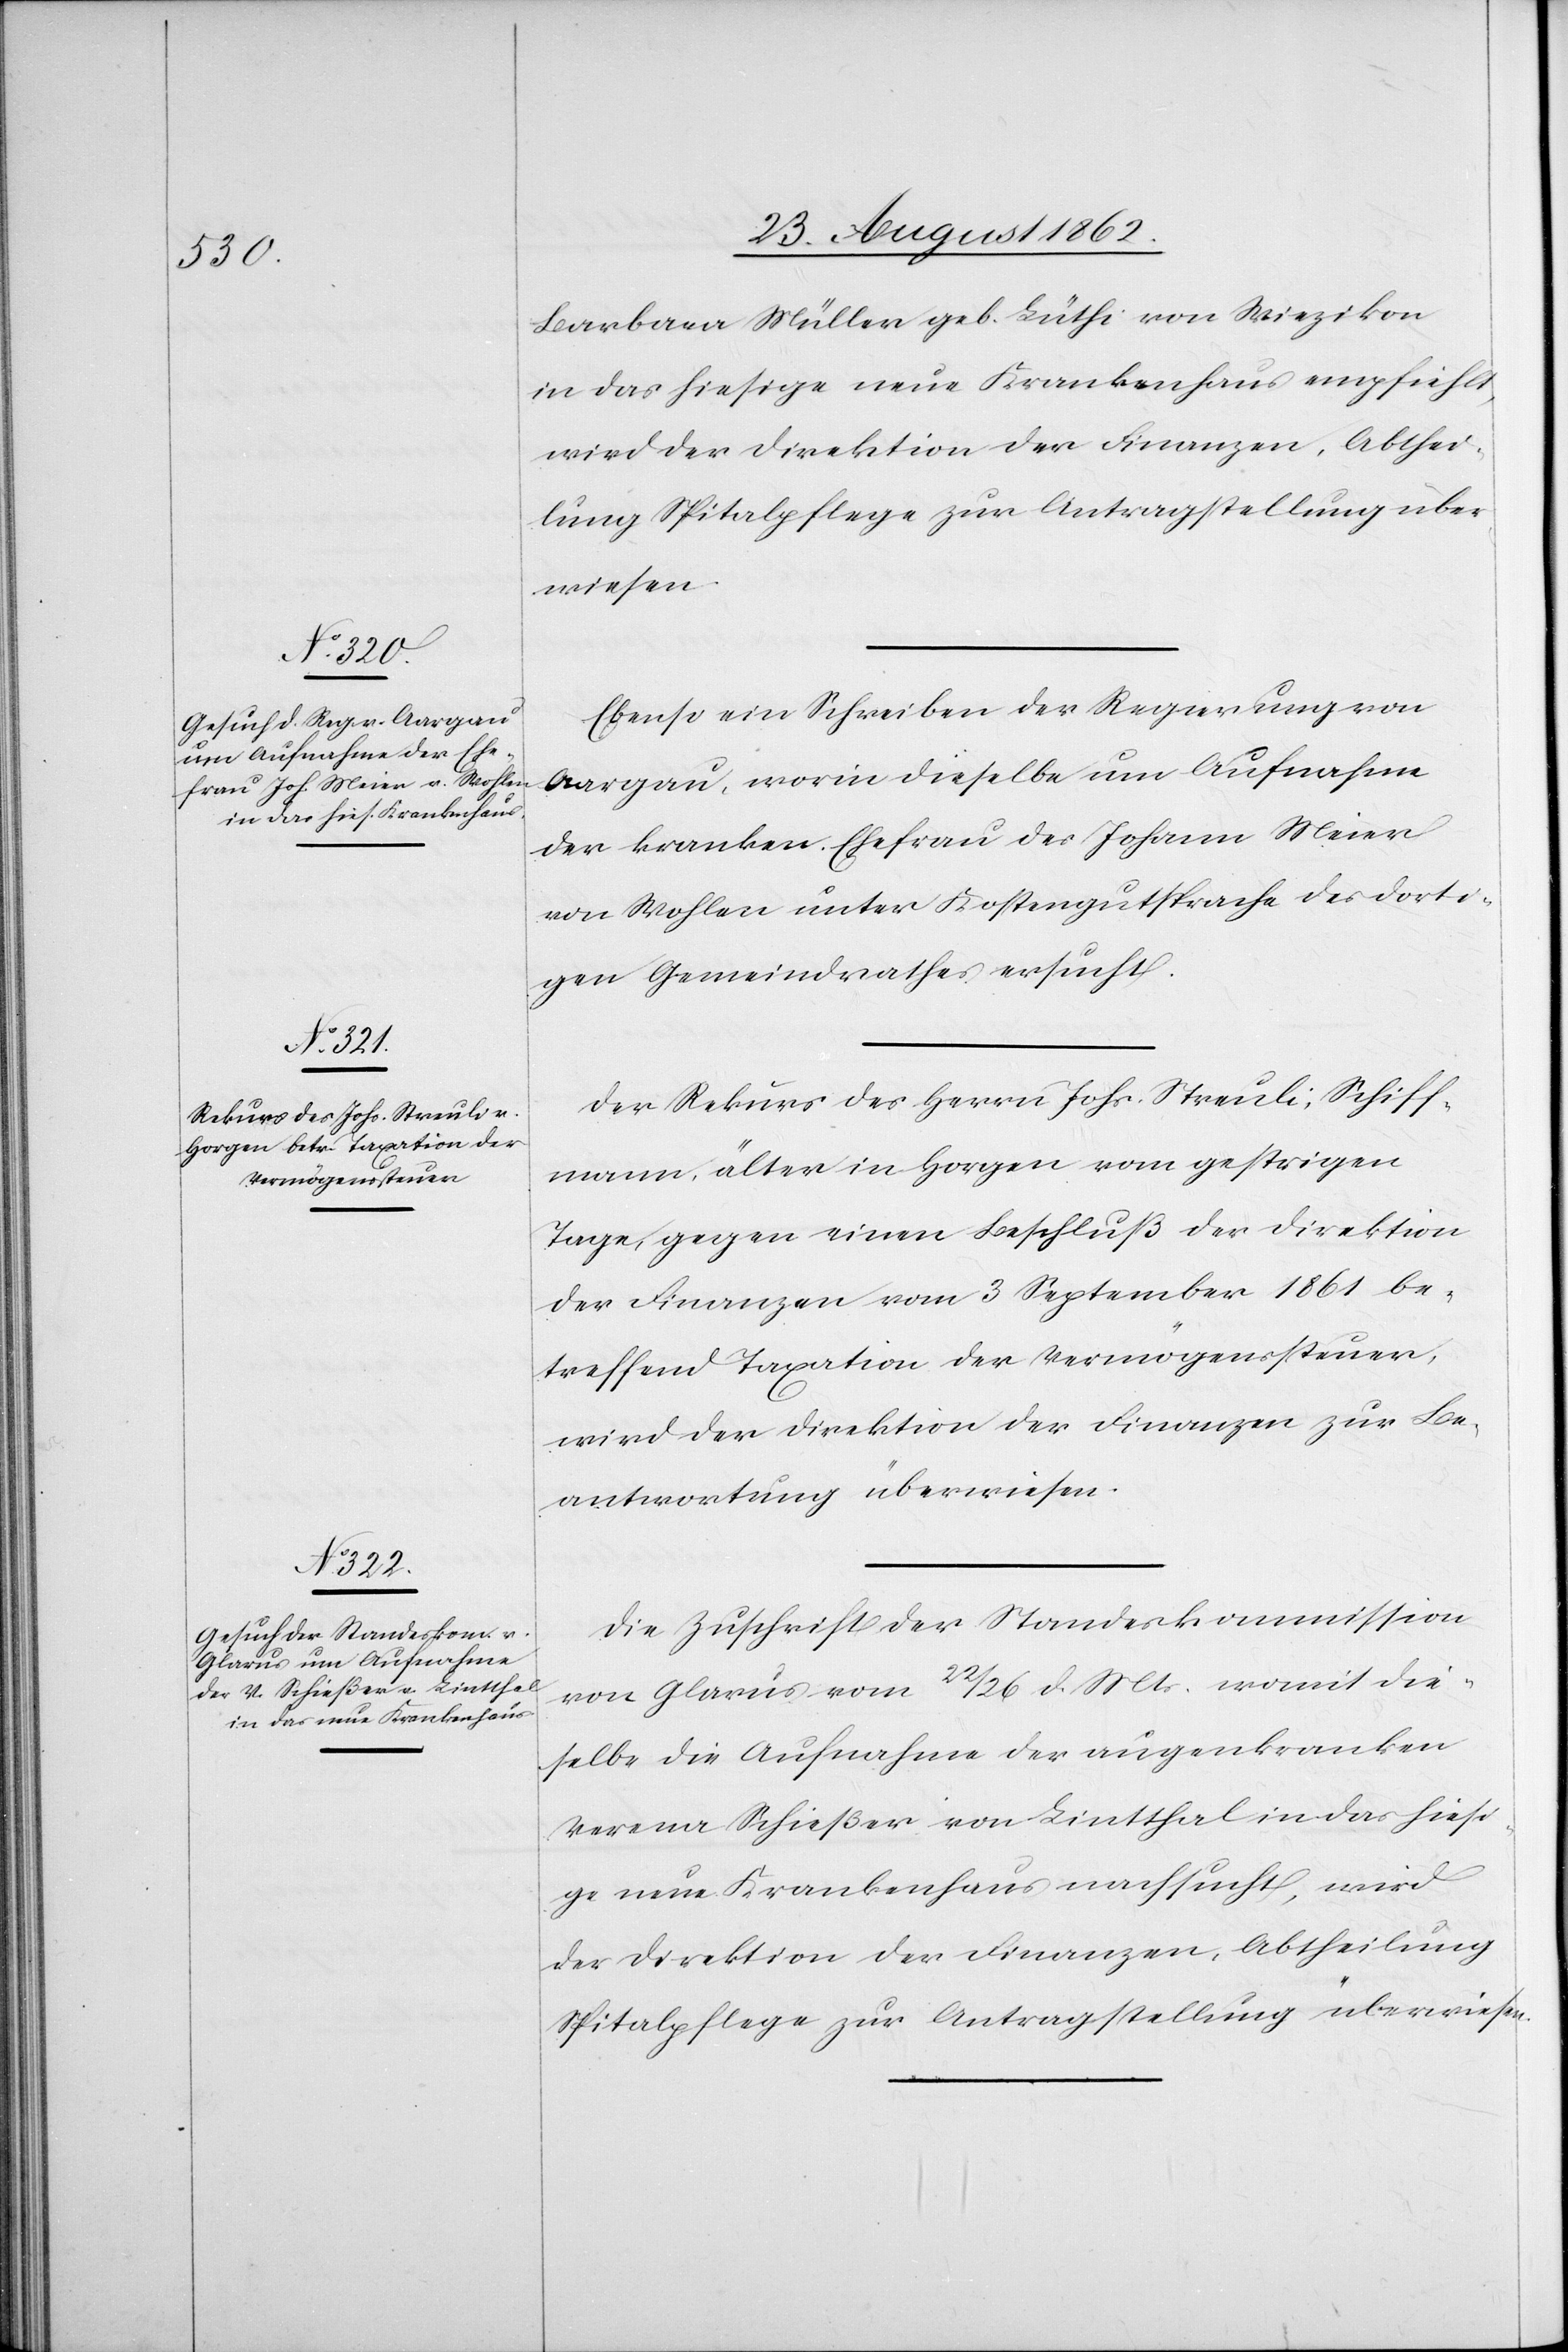
27. August 1862.]
Barbara Müller geb. Lüthi von Wiezikon
in das hiesige neue Krankenhaus empfiehlt,
wird der Direktion der Finanzen, Abthei¬
lung Spitalpflege zur Antragstellung über¬
wiesen.
Ebenso ein Schreiben der Regierung von
Aargau, worin dieselbe um Aufnahme
der kranken Ehefrau des Johann Meier
von Wohlen unter Kostengutsprache des dorti¬
gen Gemeindrathes ersucht.
Der Rekurs des Herrn Johs. Streuli, Schiff¬
mann, älter in Horgen vom gestrigen
Tage, gegen einen Beschluß der Direktion
der Finanzen vom 3. September 1861 be¬
treffend Taxation der Vermögenssteuer,
wird der Direktion der Finanzen zur Be¬
antwortung überwiesen.
Die Zuschrift der Standeskommission
von Glarus vom 22./26. d. Mts. womit die¬
selbe die Aufnahme der augenkranken
Verena Schießer von Lintthal in das hiesi¬
ge neue Krankenhaus nachsucht, wird
der Direktion der Finanzen, Abtheilung
Spitalpflege zur Antragstellung überwiesen.